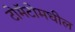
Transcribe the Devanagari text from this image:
टोमॅटोमधील